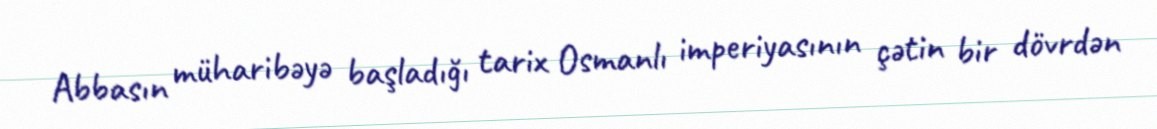
Abbasın müharibəyə başladığı tarix Osmanlı imperiyasının çətin bir dövrdən